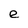
Character: e